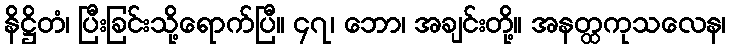
နိဋ္ဌိတံ၊ ပြီးခြင်းသို့ရောက်ပြီ။ ၄၇၊ ဘော၊ အချင်းတို့။ အနတ္ထကုသလေန၊